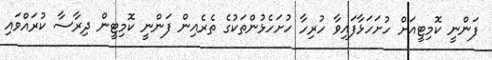
ފަންނީ ކޮމިޓީއަށް ހުށަހަޅާފައިވާ ހުރިހާ ހުށަހެޅުންތަކުގެ ތެރެއިން ފަންނީ ކޮމިޓީން ދިރާސާ ކުރައްވައި